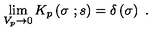
\lim _ { V _ { p } \to 0 } K _ { p } \left( \sigma \ ; s \right) = \delta \left( \sigma \right) \ .